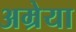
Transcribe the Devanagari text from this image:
अम्रेया